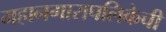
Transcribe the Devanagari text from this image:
महानगारापलिकेची